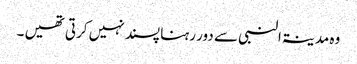
وہ مدینۃالنبی سے دور رہنا پسند نہیں کرتی تھیں ۔